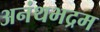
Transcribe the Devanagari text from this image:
अनंथभद्रम